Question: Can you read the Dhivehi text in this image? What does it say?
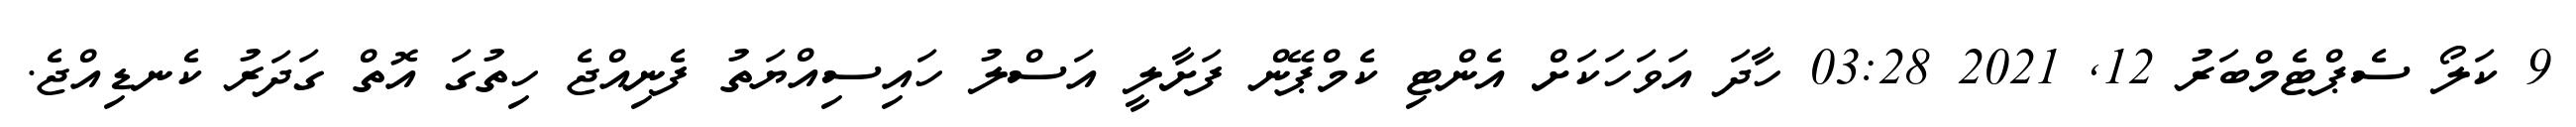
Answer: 9 ކަލޯ ސެޕްޓެމްބަރު 12, 2021 03:28 ހާދަ އަވަހަކަށް އެންޓި ކެމްޕޭން ފަށާލީ އަސްލު ހައިސިއްޔަތު ފެނިއްޖެ ހިތުގަ އޮތް ގަދަރު ކެނޑިއްޖެ.